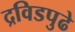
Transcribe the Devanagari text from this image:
द्रविडपुढे